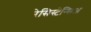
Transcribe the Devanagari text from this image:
रेसिस्टेन्सिअ